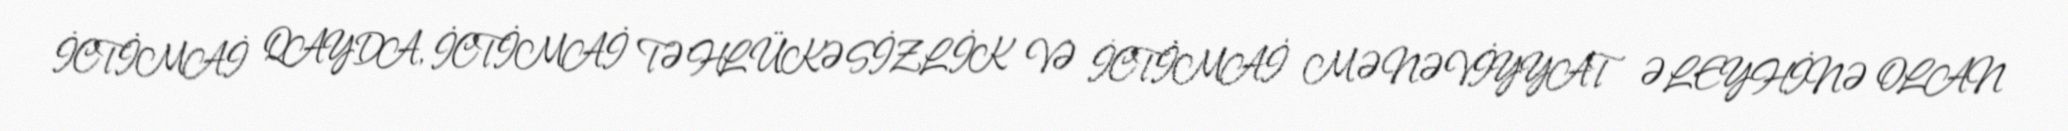
İCTİMAİ QAYDA, İCTİMAİ TƏHLÜKƏSİZLİK VƏ İCTİMAİ MƏNƏVİYYAT ƏLEYHİNƏ OLAN